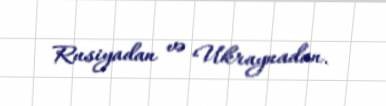
Rusiyadan və Ukraynadan.